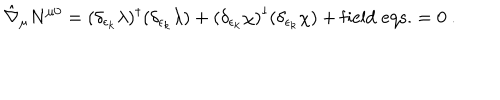
LaTeX: \hat { \nabla } _ { \mu } N ^ { \mu 0 } = ( { \delta _ { \epsilon _ { k } } \lambda } ) ^ { \dagger } ( \delta _ { \epsilon _ { k } } \lambda ) + ( { \delta _ { \epsilon _ { k } } \chi } ) ^ { \dagger } ( \delta _ { \epsilon _ { k } } \chi ) + \mathrm { f i e l d \; e q s . } = 0 \ .